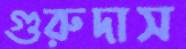
গুরুদাস